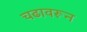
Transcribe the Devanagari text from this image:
चढावरून